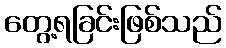
တွေ့ရခြင်းဖြစ်သည်